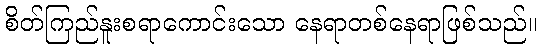
စိတ်ကြည်နူးစရာကောင်းသော နေရာတစ်နေရာဖြစ်သည်။